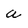
Character: a